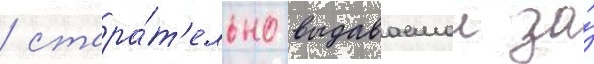
/ стара́т'ельно выдаваемои за́